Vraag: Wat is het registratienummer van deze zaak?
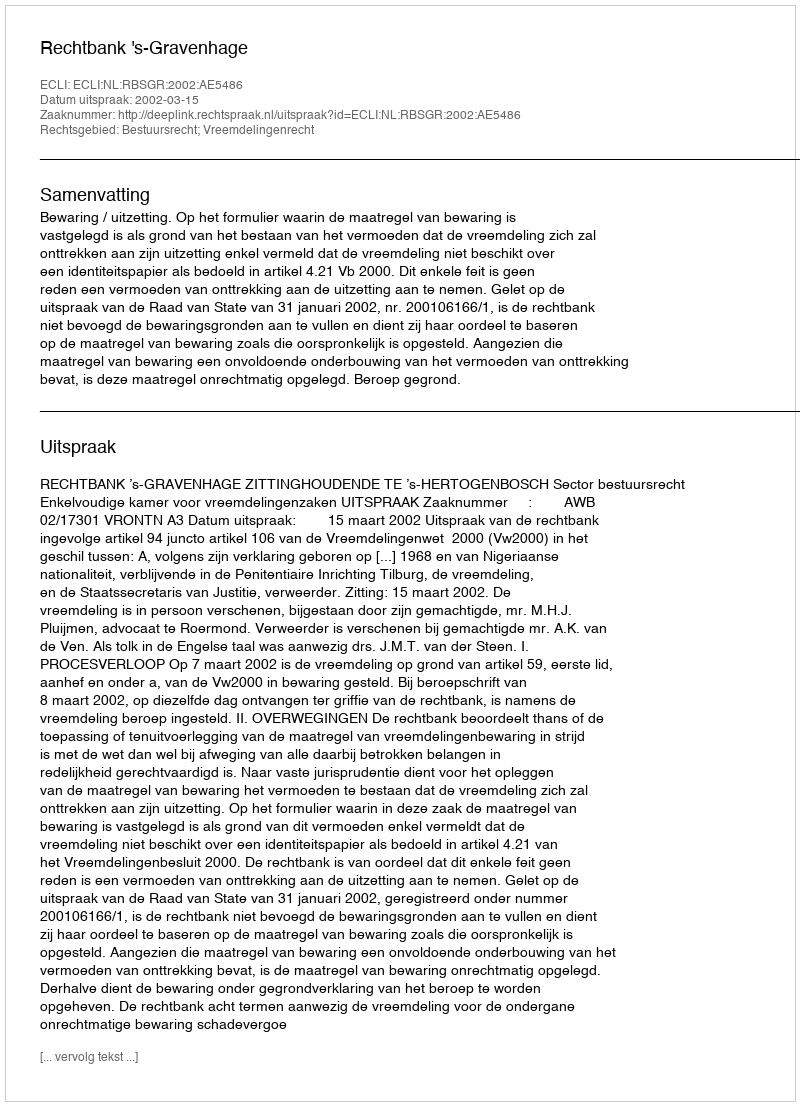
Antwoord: http://deeplink.rechtspraak.nl/uitspraak?id=ECLI:NL:RBSGR:2002:AE5486